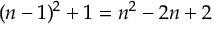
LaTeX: ( n - 1 ) ^ { 2 } + 1 = n ^ { 2 } - 2 n + 2